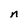
Character: n